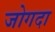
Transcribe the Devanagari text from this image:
जोगदा